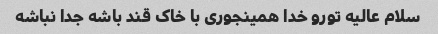
سلام عالیه تورو خدا همینجوری با خاک قند باشه جدا نباشه